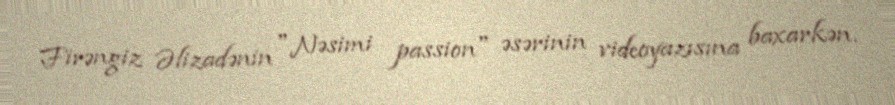
Firəngiz Əlizadənin "Nəsimi passion" əsərinin videoyazısına baxarkən.